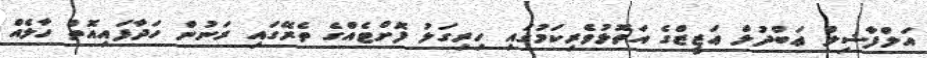
އަލްފާޟިލް ޢަބްދުލް ޢަޒީޒްގެ އަތޮޅުވެރިކަމުގައި ހިރިގަލު ފޮށްޓެއްގެ ތެރޭގައި ރަނުން ހަދާފައިއޮތް ހާލެއް